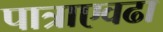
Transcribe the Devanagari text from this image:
पात्राएवढा